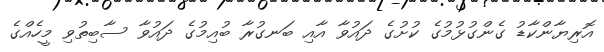
އޮރިޔާންކާޑު ގެންގުޅުމުގެ ކުށުގެ ދައުވާ އާއި ބަނގުރާ ބުއިމުގެ ދައުވާ ސާބިތުވި މީހެއްގެ